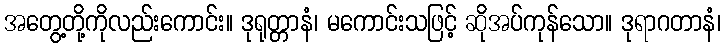
အတွေ့တို့ကိုလည်းကောင်း။ ဒုရုတ္တာနံ၊ မကောင်းသဖြင့် ဆိုအပ်ကုန်သော။ ဒုရာဂတာနံ၊